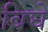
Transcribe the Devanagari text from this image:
बिघे